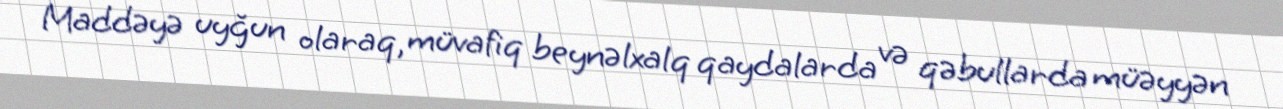
Maddəyə uyğun olaraq, müvafiq beynəlxalq qaydalarda və qəbullarda müəyyən